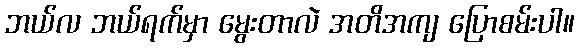
ဘယ်လ ဘယ်ရက်မှာ မွေးတာလဲ အတိအကျ ပြောစမ်းပါ။